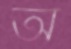
অ